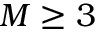
M \ge 3